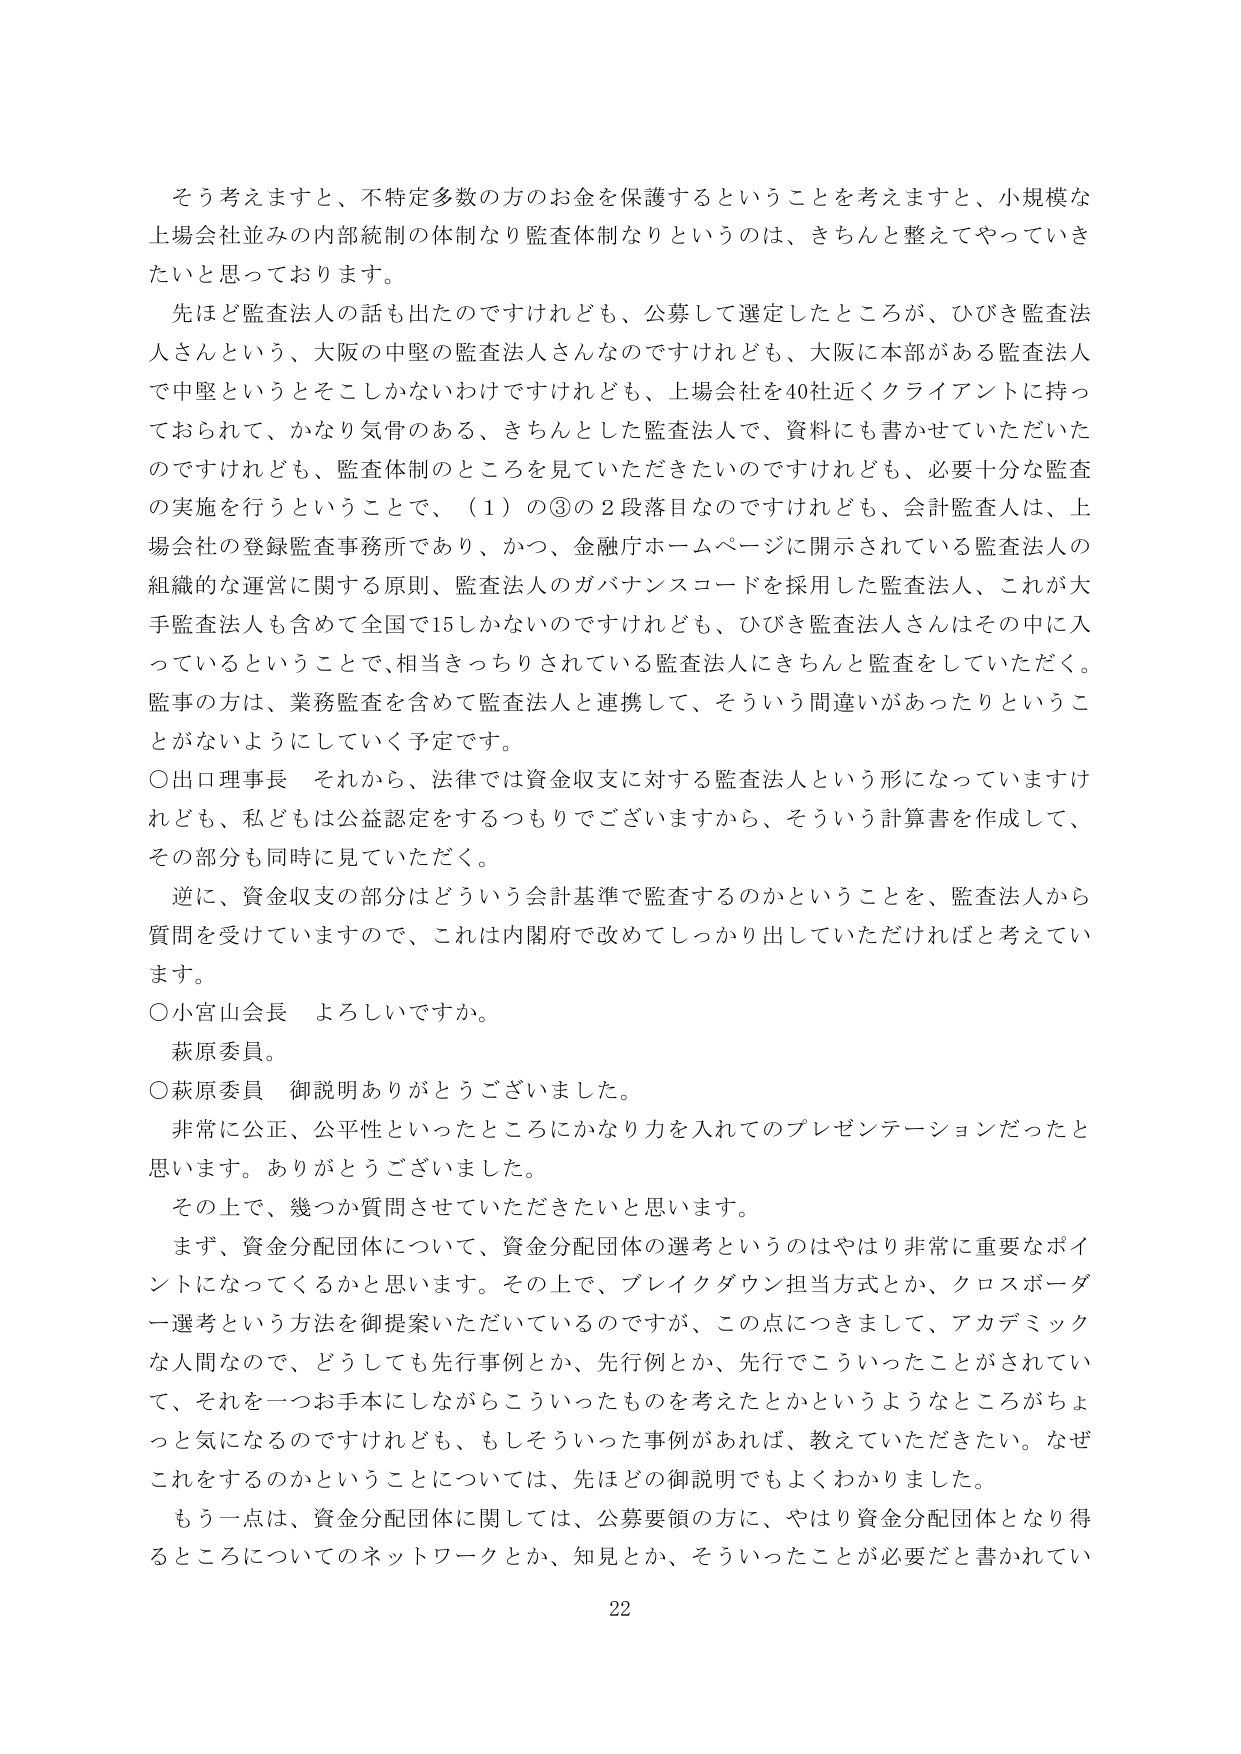
そう考えますと、不特定多数の方のお金を保護するということを考えますと、小規模な上場会社並みの内部統制の体制なり監査体制なりというのは、きちんと整えてやっていきたいと思っております。

先ほど監査法人の話も出たのですけれども、公募して選定したところが、ひびき監査法人さんという、大阪の中堅の監査法人さんなのですけれども、大阪に本部がある監査法人で中堅というとそこしかないわけですけれども、上場会社を40社近くクライアントに持っておられて、かなり気骨のある、きちんとした監査法人で、資料にも書かせていただいたのですけれども、監査体制のところを見ていただきたいのですけれども、必要十分な監査の実施を行うということで、（1）の③の2段落目なのですけれども、会計監査人は、上場会社の登録監査事務所であり、かつ、金融庁ホームページに開示されている監査法人の組織的な運営に関する原則、監査法人のガバナンスコードを採用した監査法人、これが大手監査法人も含めて全国で15しかないのですけれども、ひびき監査法人さんはその中に入っているということで、相当きっちりされている監査法人にきちんと監査をしていただく。監事の方は、業務監査を含めて監査法人と連携して、そういう間違いがあったりということがないようにしていく予定です。

○出口理事長 それから、法律では資金収支に対する監査法人という形になっていますけれども、私どもは公益認定をするつもりでございますから、そういう計算書を作成して、その部分も同時に見ていただく。

逆に、資金収支の部分はどういう会計基準で監査するのかということを、監査法人から質問を受けていますので、これは内閣府で改めてしっかり出していただければと考えています。

○小宮山会長 よろしいですか。

萩原委員。

○萩原委員 御説明ありがとうございました。

非常に公正、公平性といったところにかなり力を入れてのプレゼンテーションだったと思います。ありがとうございました。

その上で、幾つか質問させていただきたいと思います。

まず、資金分配団体について、資金分配団体の選考というのはやはり非常に重要なポイントになってくるかと思います。その上で、ブレイクダウン担当方式とか、クロスボーダー選考という方法を御提案いただいているのですが、この点につきまして、アカデミックな人間なので、どうしても先行事例とか、先行例とか、先行でこういったことがされていて、それを一つお手本にしながらこういったものを考えたとかというようなところがちょっと気になるのですけれども、もしそういった事例があれば、教えていただきたい。なぜこれをするのかということについては、先ほどの御説明でもよくわかりました。

もう一点は、資金分配団体に関しては、公募要領の方に、やはり資金分配団体となり得るところについてのネットワークとか、知見とか、そういったことが必要だと書かれてい

22